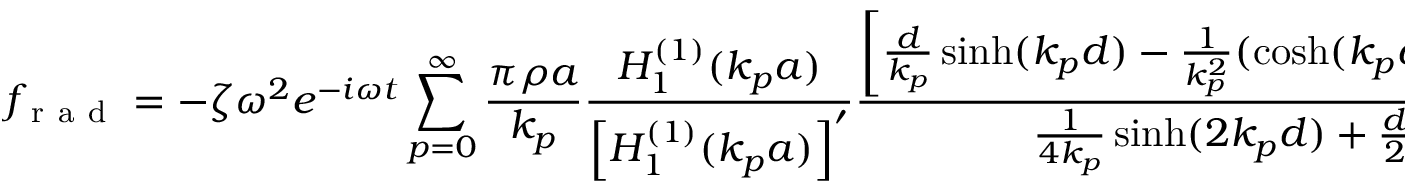
f _ { \mathrm { ~ r ~ a ~ d ~ } } = - \zeta \omega ^ { 2 } e ^ { - i \omega t } \sum _ { p = 0 } ^ { \infty } \frac { \pi \rho a } { k _ { p } } \frac { H _ { 1 } ^ { ( 1 ) } ( k _ { p } a ) } { \left[ H _ { 1 } ^ { ( 1 ) } ( k _ { p } a ) \right] ^ { \prime } } \frac { \left[ \frac { d } { k _ { p } } \sinh ( k _ { p } d ) - \frac { 1 } { k _ { p } ^ { 2 } } ( \cosh ( k _ { p } d ) - 1 ) \right] ^ { 2 } } { \frac { 1 } { 4 k _ { p } } \sinh ( 2 k _ { p } d ) + \frac { d } { 2 } }